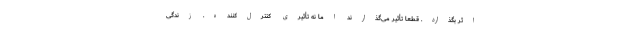
اثر بگذارد. قطعاً تأثیر می‌گذارند اما نه تأثیری کنترل‌کننده. زندگی